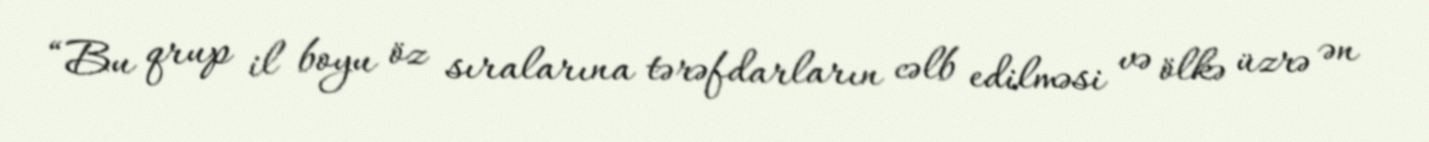
“Bu qrup il boyu öz sıralarına tərəfdarların cəlb edilməsi və ölkə üzrə ən